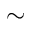
\sim